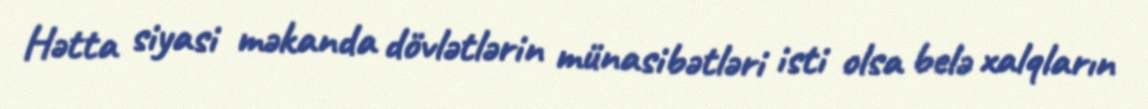
Hətta siyasi məkanda dövlətlərin münasibətləri isti olsa belə xalqların